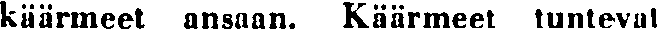
käärmeet ansaan. Käärmeet tuntevat